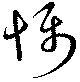
懾